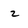
Character: 2